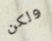
ولكن